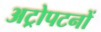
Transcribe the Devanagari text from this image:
अट्रोपटनों